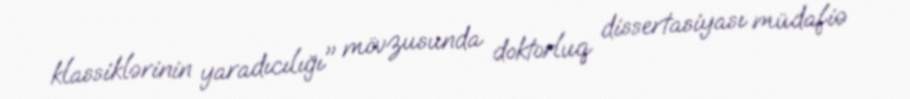
klassiklərinin yaradıcılığı" mövzusunda doktorluq dissertasiyası müdafiə